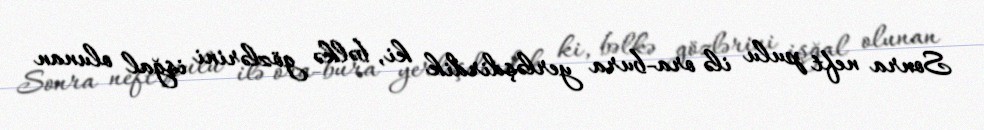
Sonra neft pulu ilə ora-bura yerləşdirdik ki, bəlkə gözlərini işğal olunan